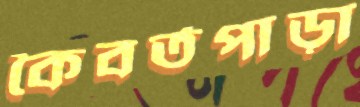
কৈবর্তপাড়া